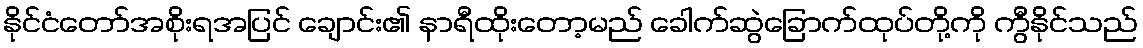
နိုင်ငံတော်အစိုးရအပြင် ချောင်း၏ နာရီထိုးတော့မည် ခေါက်ဆွဲခြောက်ထုပ်တို့ကို ကွီနိုင်သည်